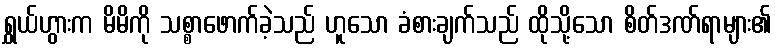
ရွှယ်ဟွားက မိမိကို သစ္စာဖောက်ခဲ့သည် ဟူသော ခံစားချက်သည် ထိုသို့သော စိတ်ဒဏ်ရာများ၏